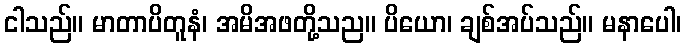
ငါသည်။ မာတာပိတူနံ၊ အမိအဖတို့သည။ ပိယော၊ ချစ်အပ်သည်။ မနာပေါ၊